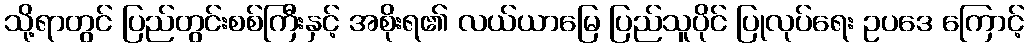
သို့ရာတွင် ပြည်တွင်းစစ်ကြီးနှင့် အစိုးရ၏ လယ်ယာမြေ ပြည်သူပိုင် ပြုလုပ်ရေး ဥပဒေ ကြောင့်